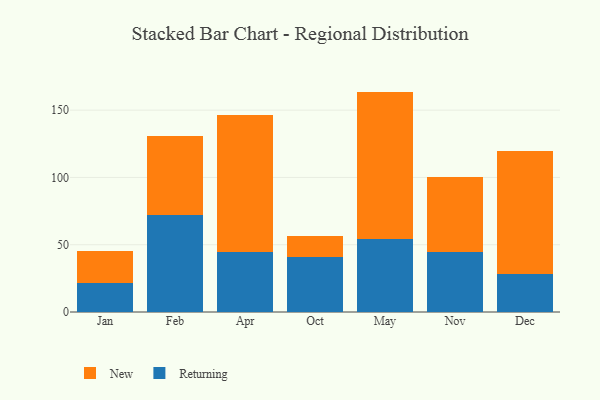
{"axis": {"x": "Month", "y": "Production Output"}, "legend": ["New", "Returning"], "data": [{"x": "Jan", "y": 21.9, "type": "Returning"}, {"x": "Jan", "y": 23.8, "type": "New"}, {"x": "Feb", "y": 72.3, "type": "Returning"}, {"x": "Feb", "y": 58.7, "type": "New"}, {"x": "Apr", "y": 44.9, "type": "Returning"}, {"x": "Apr", "y": 101.5, "type": "New"}, {"x": "Oct", "y": 40.6, "type": "Returning"}, {"x": "Oct", "y": 15.9, "type": "New"}, {"x": "May", "y": 54.1, "type": "Returning"}, {"x": "May", "y": 109.7, "type": "New"}, {"x": "Nov", "y": 44.9, "type": "Returning"}, {"x": "Nov", "y": 55.4, "type": "New"}, {"x": "Dec", "y": 28.3, "type": "Returning"}, {"x": "Dec", "y": 91.7, "type": "New"}]}